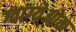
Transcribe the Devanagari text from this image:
ग्वांग्येओक